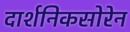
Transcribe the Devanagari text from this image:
दार्शनिकसोरेन